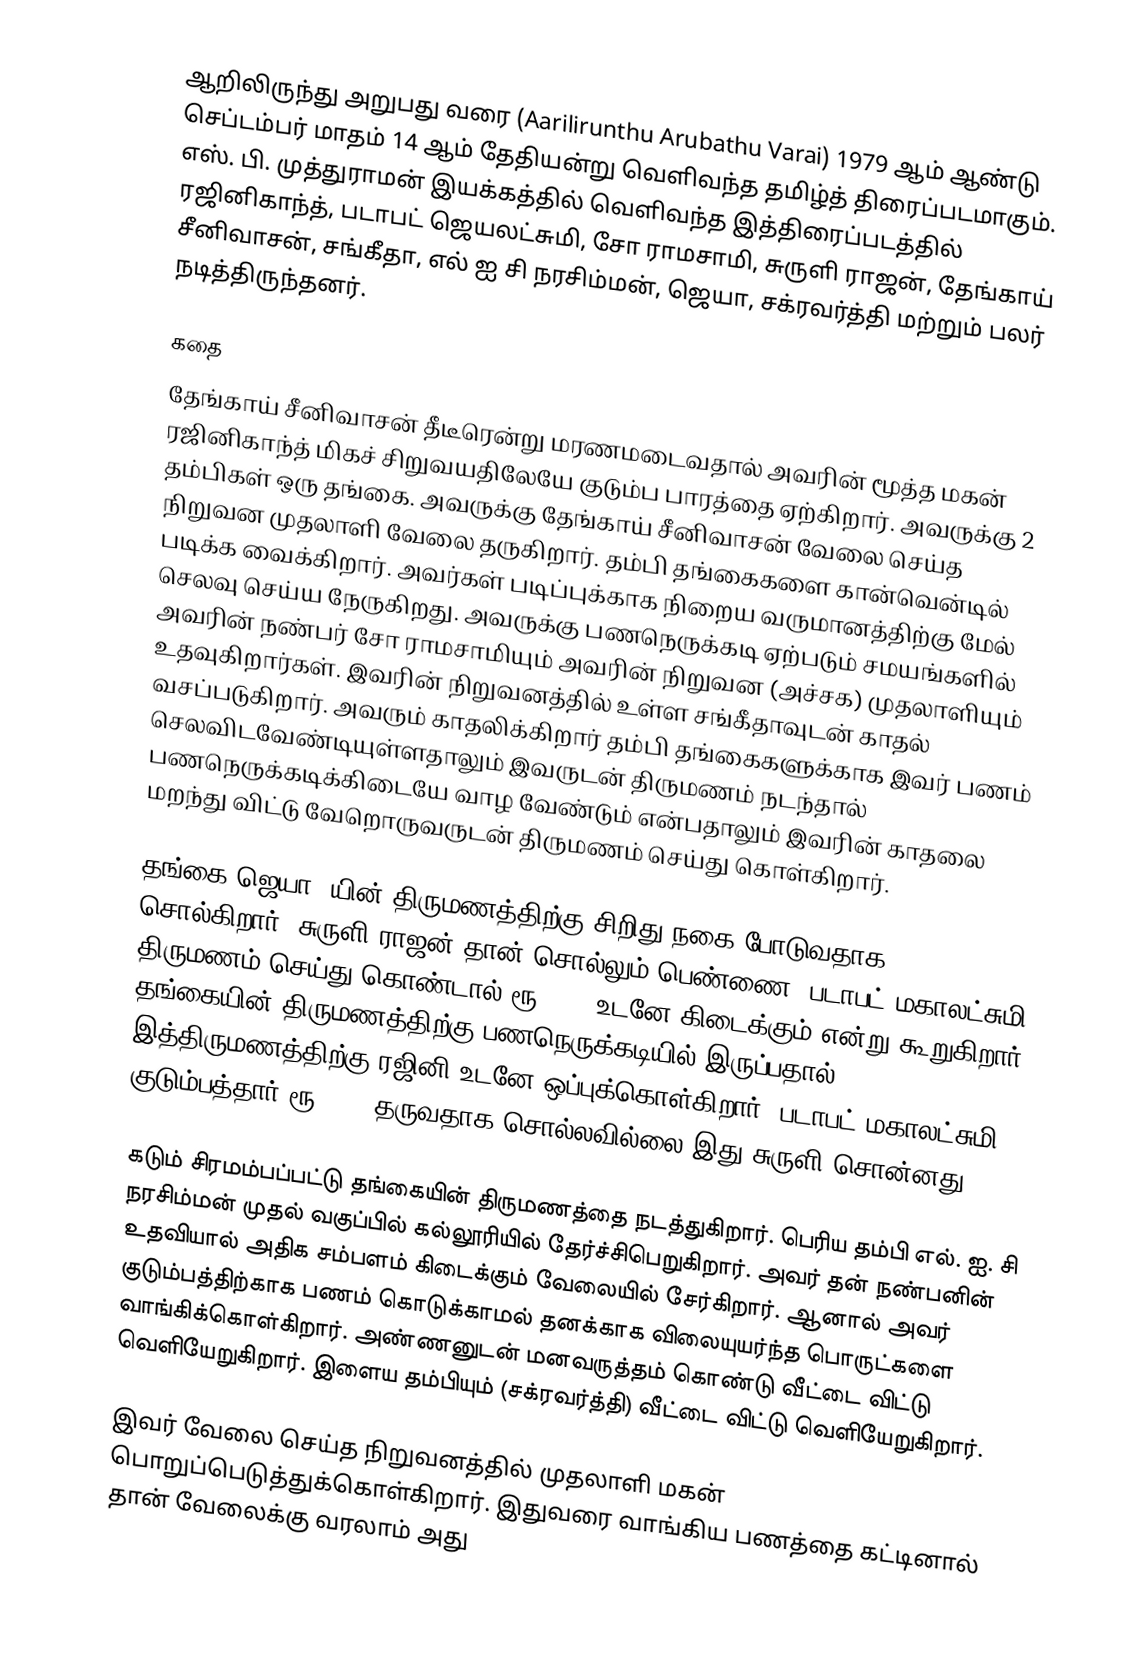
ஆறிலிருந்து அறுபது வரை (Aarilirunthu Arubathu Varai) 1979 ஆம் ஆண்டு செப்டம்பர் மாதம் 14 ஆம் தேதியன்று வெளிவந்த தமிழ்த் திரைப்படமாகும். எஸ். பி. முத்துராமன் இயக்கத்தில் வெளிவந்த இத்திரைப்படத்தில் ரஜினிகாந்த், படாபட் ஜெயலட்சுமி, சோ ராமசாமி, சுருளி ராஜன், தேங்காய் சீனிவாசன், சங்கீதா, எல் ஐ சி நரசிம்மன், ஜெயா, சக்ரவர்த்தி மற்றும் பலர் நடித்திருந்தனர்.

கதை
தேங்காய் சீனிவாசன் தீடீரென்று மரணமடைவதால் அவரின் மூத்த மகன்  ரஜினிகாந்த் மிகச் சிறுவயதிலேயே குடும்ப பாரத்தை ஏற்கிறார். அவருக்கு 2 தம்பிகள் ஒரு தங்கை. அவருக்கு தேங்காய் சீனிவாசன் வேலை செய்த நிறுவன முதலாளி வேலை தருகிறார். தம்பி தங்கைகளை கான்வென்டில் படிக்க வைக்கிறார். அவர்கள் படிப்புக்காக நிறைய வருமானத்திற்கு மேல் செலவு செய்ய நேருகிறது. அவருக்கு பணநெருக்கடி ஏற்படும் சமயங்களில் அவரின் நண்பர் சோ ராமசாமியும் அவரின் நிறுவன (அச்சக) முதலாளியும் உதவுகிறார்கள். இவரின் நிறுவனத்தில் உள்ள சங்கீதாவுடன் காதல் வசப்படுகிறார். அவரும் காதலிக்கிறார் தம்பி தங்கைகளுக்காக இவர் பணம் செலவிடவேண்டியுள்ளதாலும் இவருடன் திருமணம் நடந்தால் பணநெருக்கடிக்கிடையே வாழ வேண்டும் என்பதாலும் இவரின் காதலை மறந்து விட்டு வேறொருவருடன் திருமணம் செய்து கொள்கிறார்.

தங்கை(ஜெயா) யின் திருமணத்திற்கு சிறிது நகை போடுவதாக சொல்கிறார். சுருளி ராஜன் தான் சொல்லும் பெண்ணை (படாபட் மகாலட்சுமி) திருமணம் செய்து கொண்டால் ரூ 5000 உடனே கிடைக்கும் என்று கூறுகிறார். தங்கையின் திருமணத்திற்கு பணநெருக்கடியில் இருப்பதால் இத்திருமணத்திற்கு ரஜினி உடனே ஒப்புக்கொள்கிறார். படாபட் மகாலட்சுமி குடும்பத்தார் ரூ 5000 தருவதாக சொல்லவில்லை இது சுருளி சொன்னது.

கடும் சிரமம்பப்பட்டு தங்கையின் திருமணத்தை நடத்துகிறார். பெரிய தம்பி எல். ஐ. சி நரசிம்மன் முதல் வகுப்பில் கல்லூரியில் தேர்ச்சிபெறுகிறார். அவர் தன் நண்பனின் உதவியால் அதிக சம்பளம் கிடைக்கும் வேலையில் சேர்கிறார். ஆனால் அவர் குடும்பத்திற்காக பணம் கொடுக்காமல் தனக்காக விலையுயர்ந்த பொருட்களை வாங்கிக்கொள்கிறார். அண்ணனுடன் மனவருத்தம் கொண்டு வீட்டை விட்டு வெளியேறுகிறார். இளைய தம்பியும் (சக்ரவர்த்தி) வீட்டை விட்டு வெளியேறுகிறார்.

இவர் வேலை செய்த நிறுவனத்தில் முதலாளி மகன் பொறுப்பெடுத்துக்கொள்கிறார். இதுவரை வாங்கிய பணத்தை கட்டினால் தான் வேலைக்கு வரலாம் அது